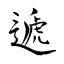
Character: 遞